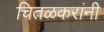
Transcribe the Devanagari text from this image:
चितळकरांनी